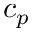
c _ { p }